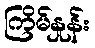
ကြိမ်နှုန်း